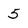
Character: 5